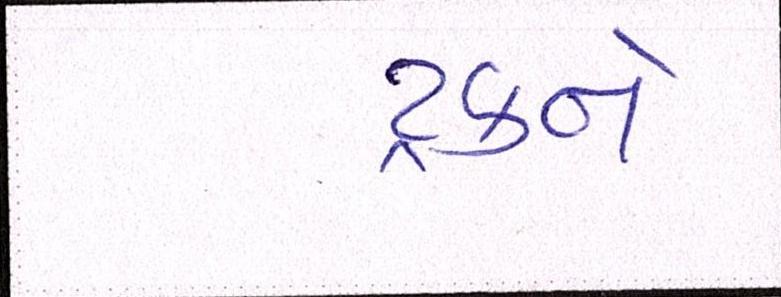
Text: ટ્રકને